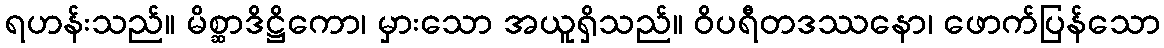
ရဟန်းသည်။ မိစ္ဆာဒိဋ္ဌိကော၊ မှားသော အယူရှိသည်။ ဝိပရီတဒဿနော၊ ဖောက်ပြန်သော